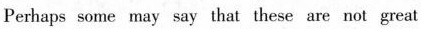
Perhaps some may say that these are not great